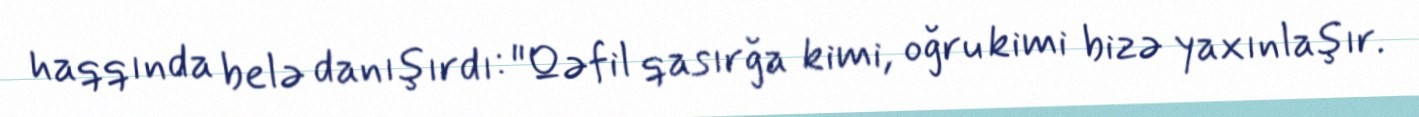
haqqında belə danışırdı: "Qəfil qasırğa kimi, oğru kimi bizə yaxınlaşır.